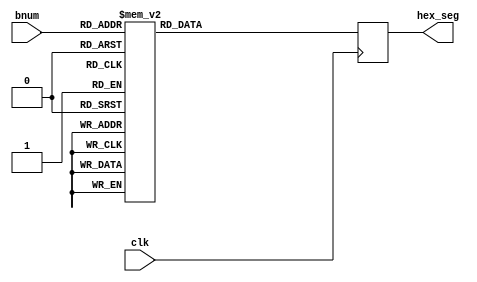
`timescale 1ns / 1ps
//////////////////////////////////////////////////////////////////////////////////
// Company: 
// Engineer: 
// 
// Design Name: 
// Module Name: num_hex
// Project Name: 
// Target Devices: 
// Tool Versions: 
// Description: 
// 
// Dependencies: 
// 
// Revision:
// Revision 0.01 - File Created
// Additional Comments:
// 
//////////////////////////////////////////////////////////////////////////////////


module num_hex(
    input wire clk, // input clock
    input wire [3:0] bnum, // input number
    output reg [6:0] hex_seg // output segment
    );
    
    always @(posedge clk) begin
        case (bnum)
            4'b0000 : hex_seg <= ~7'h7E; // 0
            4'b0001 : hex_seg <= ~7'h30; // 1
            4'b0010 : hex_seg <= ~7'h6D; // 2
            4'b0011 : hex_seg <= ~7'h79; // 3
            4'b0100 : hex_seg <= ~7'h33; // 4     
            4'b0101 : hex_seg <= ~7'h5B; // 5
            4'b0110 : hex_seg <= ~7'h5F; // 6
            4'b0111 : hex_seg <= ~7'h70; // 7
            4'b1000 : hex_seg <= ~7'h7F; // 8
            4'b1001 : hex_seg <= ~7'h7B; // 9
            4'b1010 : hex_seg <= ~7'h77; // A
            4'b1011 : hex_seg <= ~7'h1F; // B
            4'b1100 : hex_seg <= ~7'h4E; // C
            4'b1101 : hex_seg <= ~7'h3D; // D
            4'b1110 : hex_seg <= ~7'h4F; // E
            4'b1111 : hex_seg <= ~7'h47; // F
        endcase
     end
endmodule